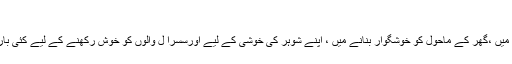
(جاری ہے) ہ
دیکھا گیا ہے کہ ان رشتوں کو نبھانے میں ،گھر کے ماحول کو خوشگوار بنانے میں ، اپنے شوہر کی خوشی کے لیے اورسسرا ل والوں کو خوش رکھنے کے لیے کئی بار عورت ہی بہت زیادہ ایثار کرتی ہے۔